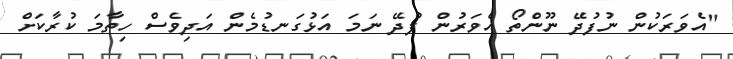
"އެވަރަކުން ނުފުދޭ ނޫންތޯ އެވަރުން ފުދޭ ނަމަ އަޅުގަނޑުމެން އަދިވެސް ހިތާމަ ކުރާކަށް